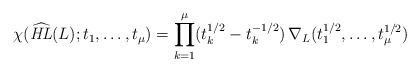
LaTeX: \begin{align*}\chi(\widehat{\mathit{HL}}(L);t_1,\dots,t_\mu)=\prod\limits_{k=1}^{\mu}(t_k^{1/2}-t_k^{-1/2}) \, \nabla_L(t_1^{1/2},\ldots,t_{\mu}^{1/2})\end{align*}